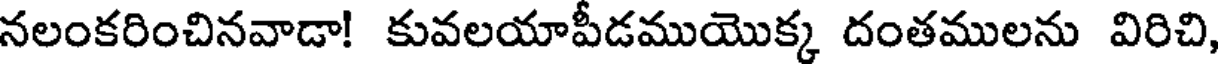
నలంకరించినవాడా! కువలయాపీడముయొక్క దంతములను విరిచి,